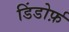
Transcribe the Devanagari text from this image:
डिंडोर्फ़